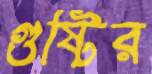
গুষ্টির